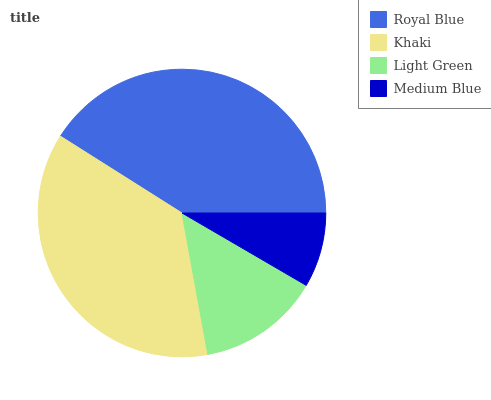
| Royal Blue | Khaki | Light Green | Medium Blue |
 | --- | --- | --- | --- |
 | 41.1% | 36.8% | 13.7% | 8.41% |